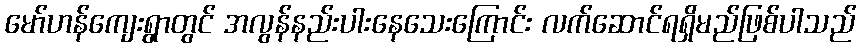
မော်ဟန်ကျေးရွာတွင် အလွန်နည်းပါးနေသေးကြောင်း လက်ဆောင်ရရှိမည်ဖြစ်ပါသည်